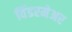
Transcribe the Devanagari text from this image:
विंडरमेअर